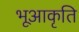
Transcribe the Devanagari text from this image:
भूआकृति